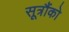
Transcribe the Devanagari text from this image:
सूत्रौंको